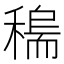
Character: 𥡼